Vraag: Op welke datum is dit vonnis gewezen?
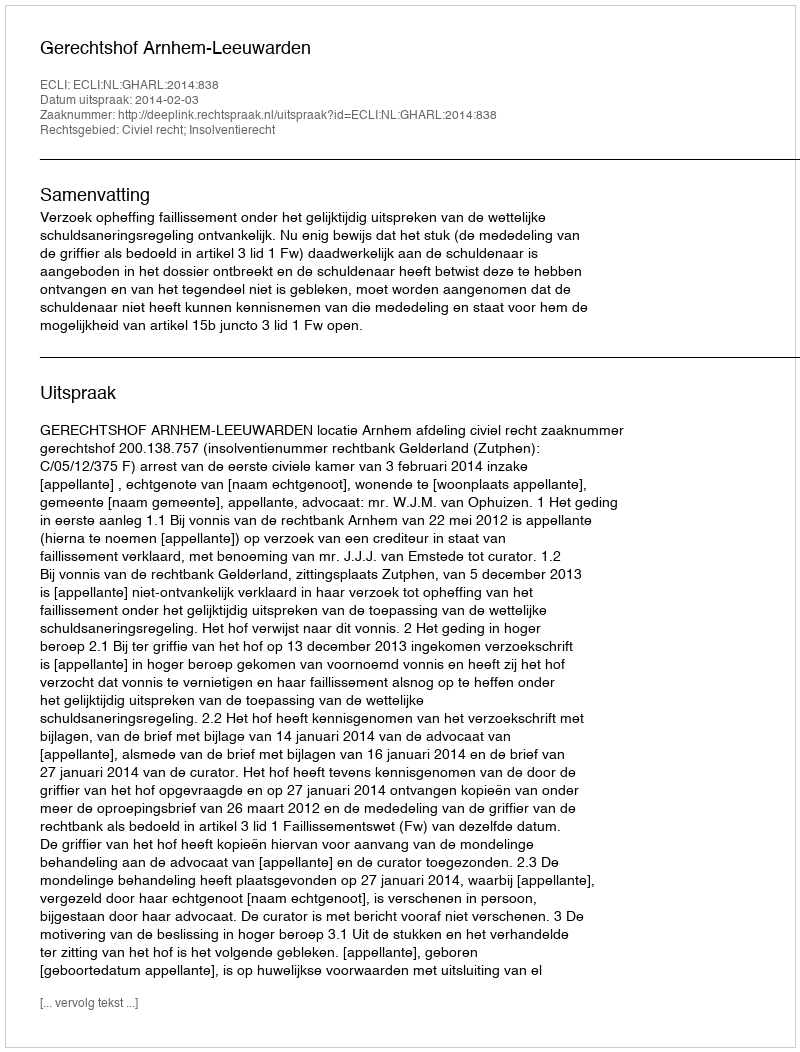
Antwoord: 2014-02-03